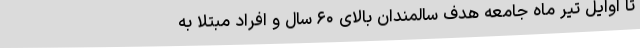
تا اوایل تیر ماه جامعه هدف سالمندان بالای ۶۰ سال و افراد مبتلا به